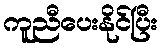
ကူညီပေးနိုင်ပြီး